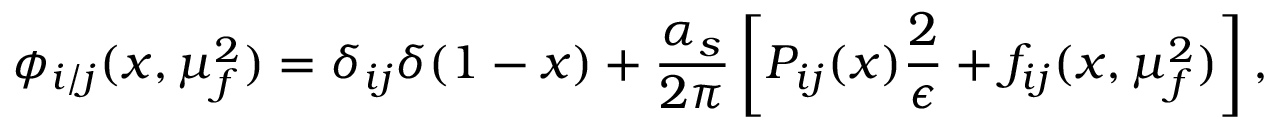
\phi _ { i / j } ( x , \mu _ { f } ^ { 2 } ) = \delta _ { i j } \delta ( 1 - x ) + \frac { \alpha _ { s } } { 2 \pi } \left[ P _ { i j } ( x ) \frac { 2 } { \epsilon } + f _ { i j } ( x , \mu _ { f } ^ { 2 } ) \right] ,